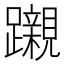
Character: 𮜪